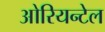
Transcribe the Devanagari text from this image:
ओरियन्टेल